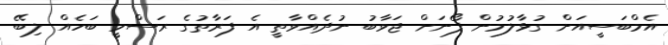
އެމްބަސީއަށް ގުޅާލުމުން ފޯނަށް ޖަވާބު ނުދެއްވާތީ އެ ފަރާތުގެ ރަސްމީ ބަހެއް ލިބޭ